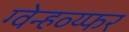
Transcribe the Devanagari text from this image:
ग्वेन्हव्य्फर